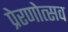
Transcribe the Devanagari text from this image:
प्रेरणोत्सव